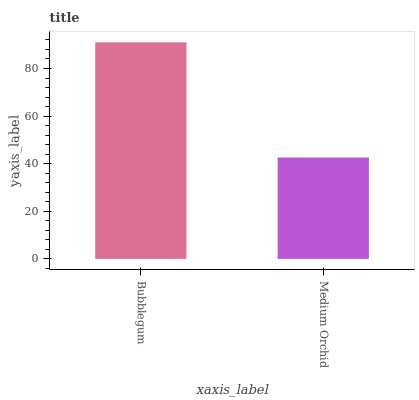
| xaxis_label | bars |
 | --- | --- |
 | Bubblegum | 91 |
 | Medium Orchid | 42.6 |